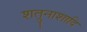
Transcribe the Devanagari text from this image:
शत्रुनाशादि